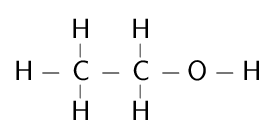
{\ce {\mathsf {H-{\overset {\displaystyle H \atop |}{\underset {| \atop \displaystyle H}{C}}}-{\overset {\displaystyle H \atop |}{\underset {| \atop \displaystyle H}{C}}}-O-H}}}